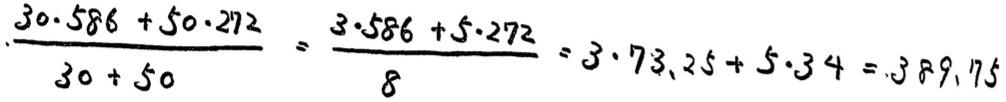
\[
\frac{30\cdot586 + 50\cdot272}{30 + 50}=\frac{3\cdot586 + 5\cdot272}{8}=3\cdot73.25+5\cdot34 = 389.75
\]